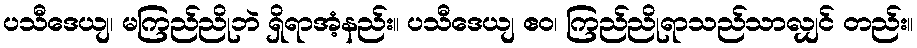
ပသီဒေယျ၊ မကြည်ညိုဘဲ ရှိရာအံ့နည်း။ ပသီဒေယျ ဧဝ၊ ကြည်ညိုရာသည်သာလျှင် တည်း။